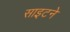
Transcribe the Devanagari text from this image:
साइटने